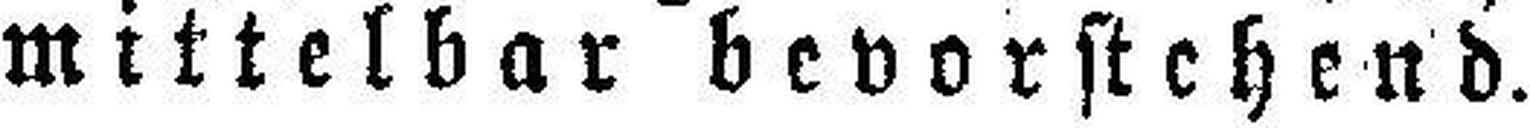
mittelbar bevorstehend.